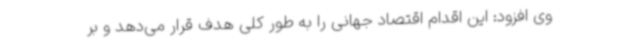
وی افزود: این اقدام اقتصاد جهانی را به طور کلی هدف قرار می‌دهد و بر